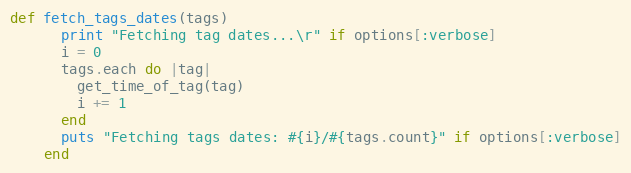
Language: Ruby
def fetch_tags_dates(tags)
      print "Fetching tag dates...\r" if options[:verbose]
      i = 0
      tags.each do |tag|
        get_time_of_tag(tag)
        i += 1
      end
      puts "Fetching tags dates: #{i}/#{tags.count}" if options[:verbose]
    end